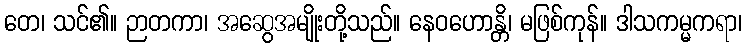
တေ၊ သင်၏။ ဉာတကာ၊ အဆွေအမျိုးတို့သည်။ နေဝဟောန္တိ၊ မဖြစ်ကုန်။ ဒါသကမ္မကရာ၊